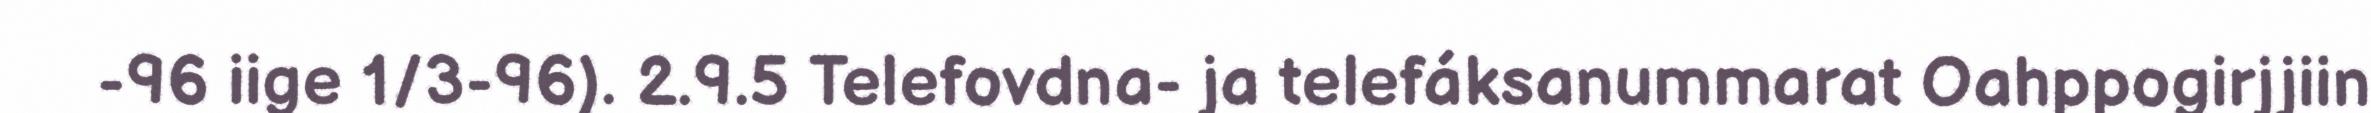
-96 iige 1/3-96). 2.9.5 Telefovdna- ja telefáksanummarat Oahppogirjjiin